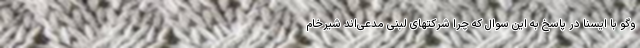
وگو با ایسنا در پاسخ به این سوال که چرا شرکتهای لبنی مدعی‌اند شیرخام